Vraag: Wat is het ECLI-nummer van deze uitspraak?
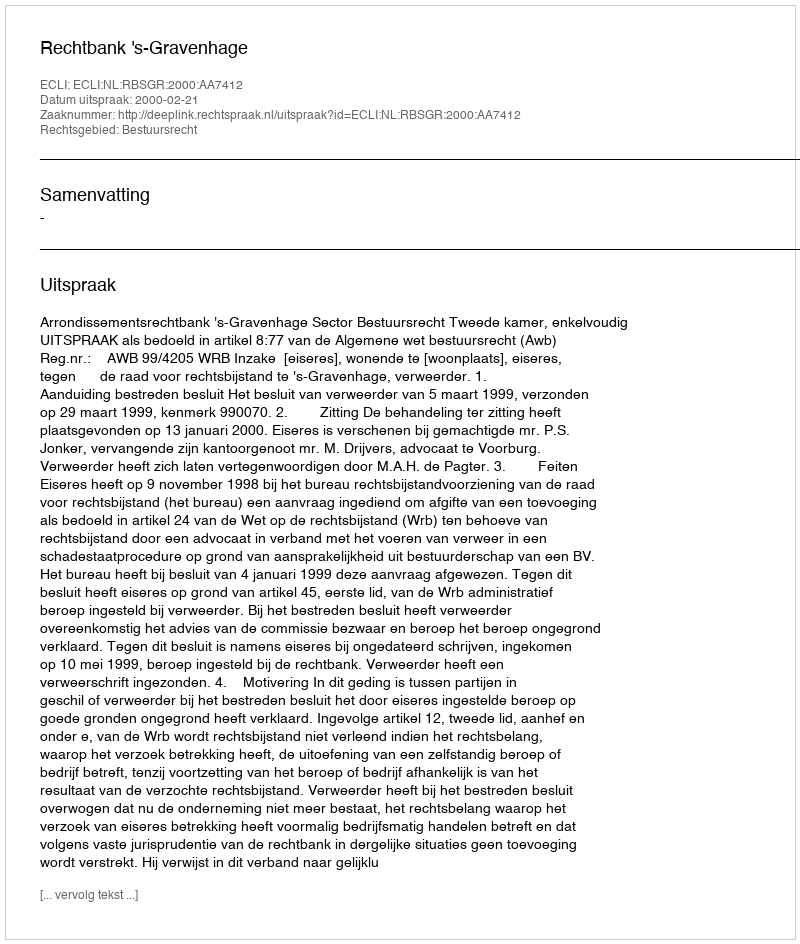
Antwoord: ECLI:NL:RBSGR:2000:AA7412